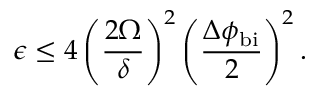
\epsilon \leq 4 \left( \frac { 2 \Omega } { \delta } \right) ^ { 2 } \left( \frac { \Delta \phi _ { \mathrm { b i } } } { 2 } \right) ^ { 2 } .